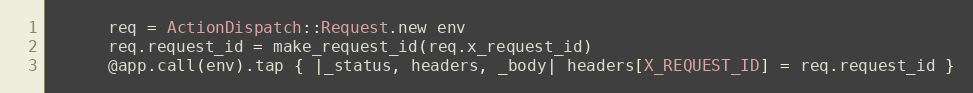
Language: Ruby
      req = ActionDispatch::Request.new env
      req.request_id = make_request_id(req.x_request_id)
      @app.call(env).tap { |_status, headers, _body| headers[X_REQUEST_ID] = req.request_id }